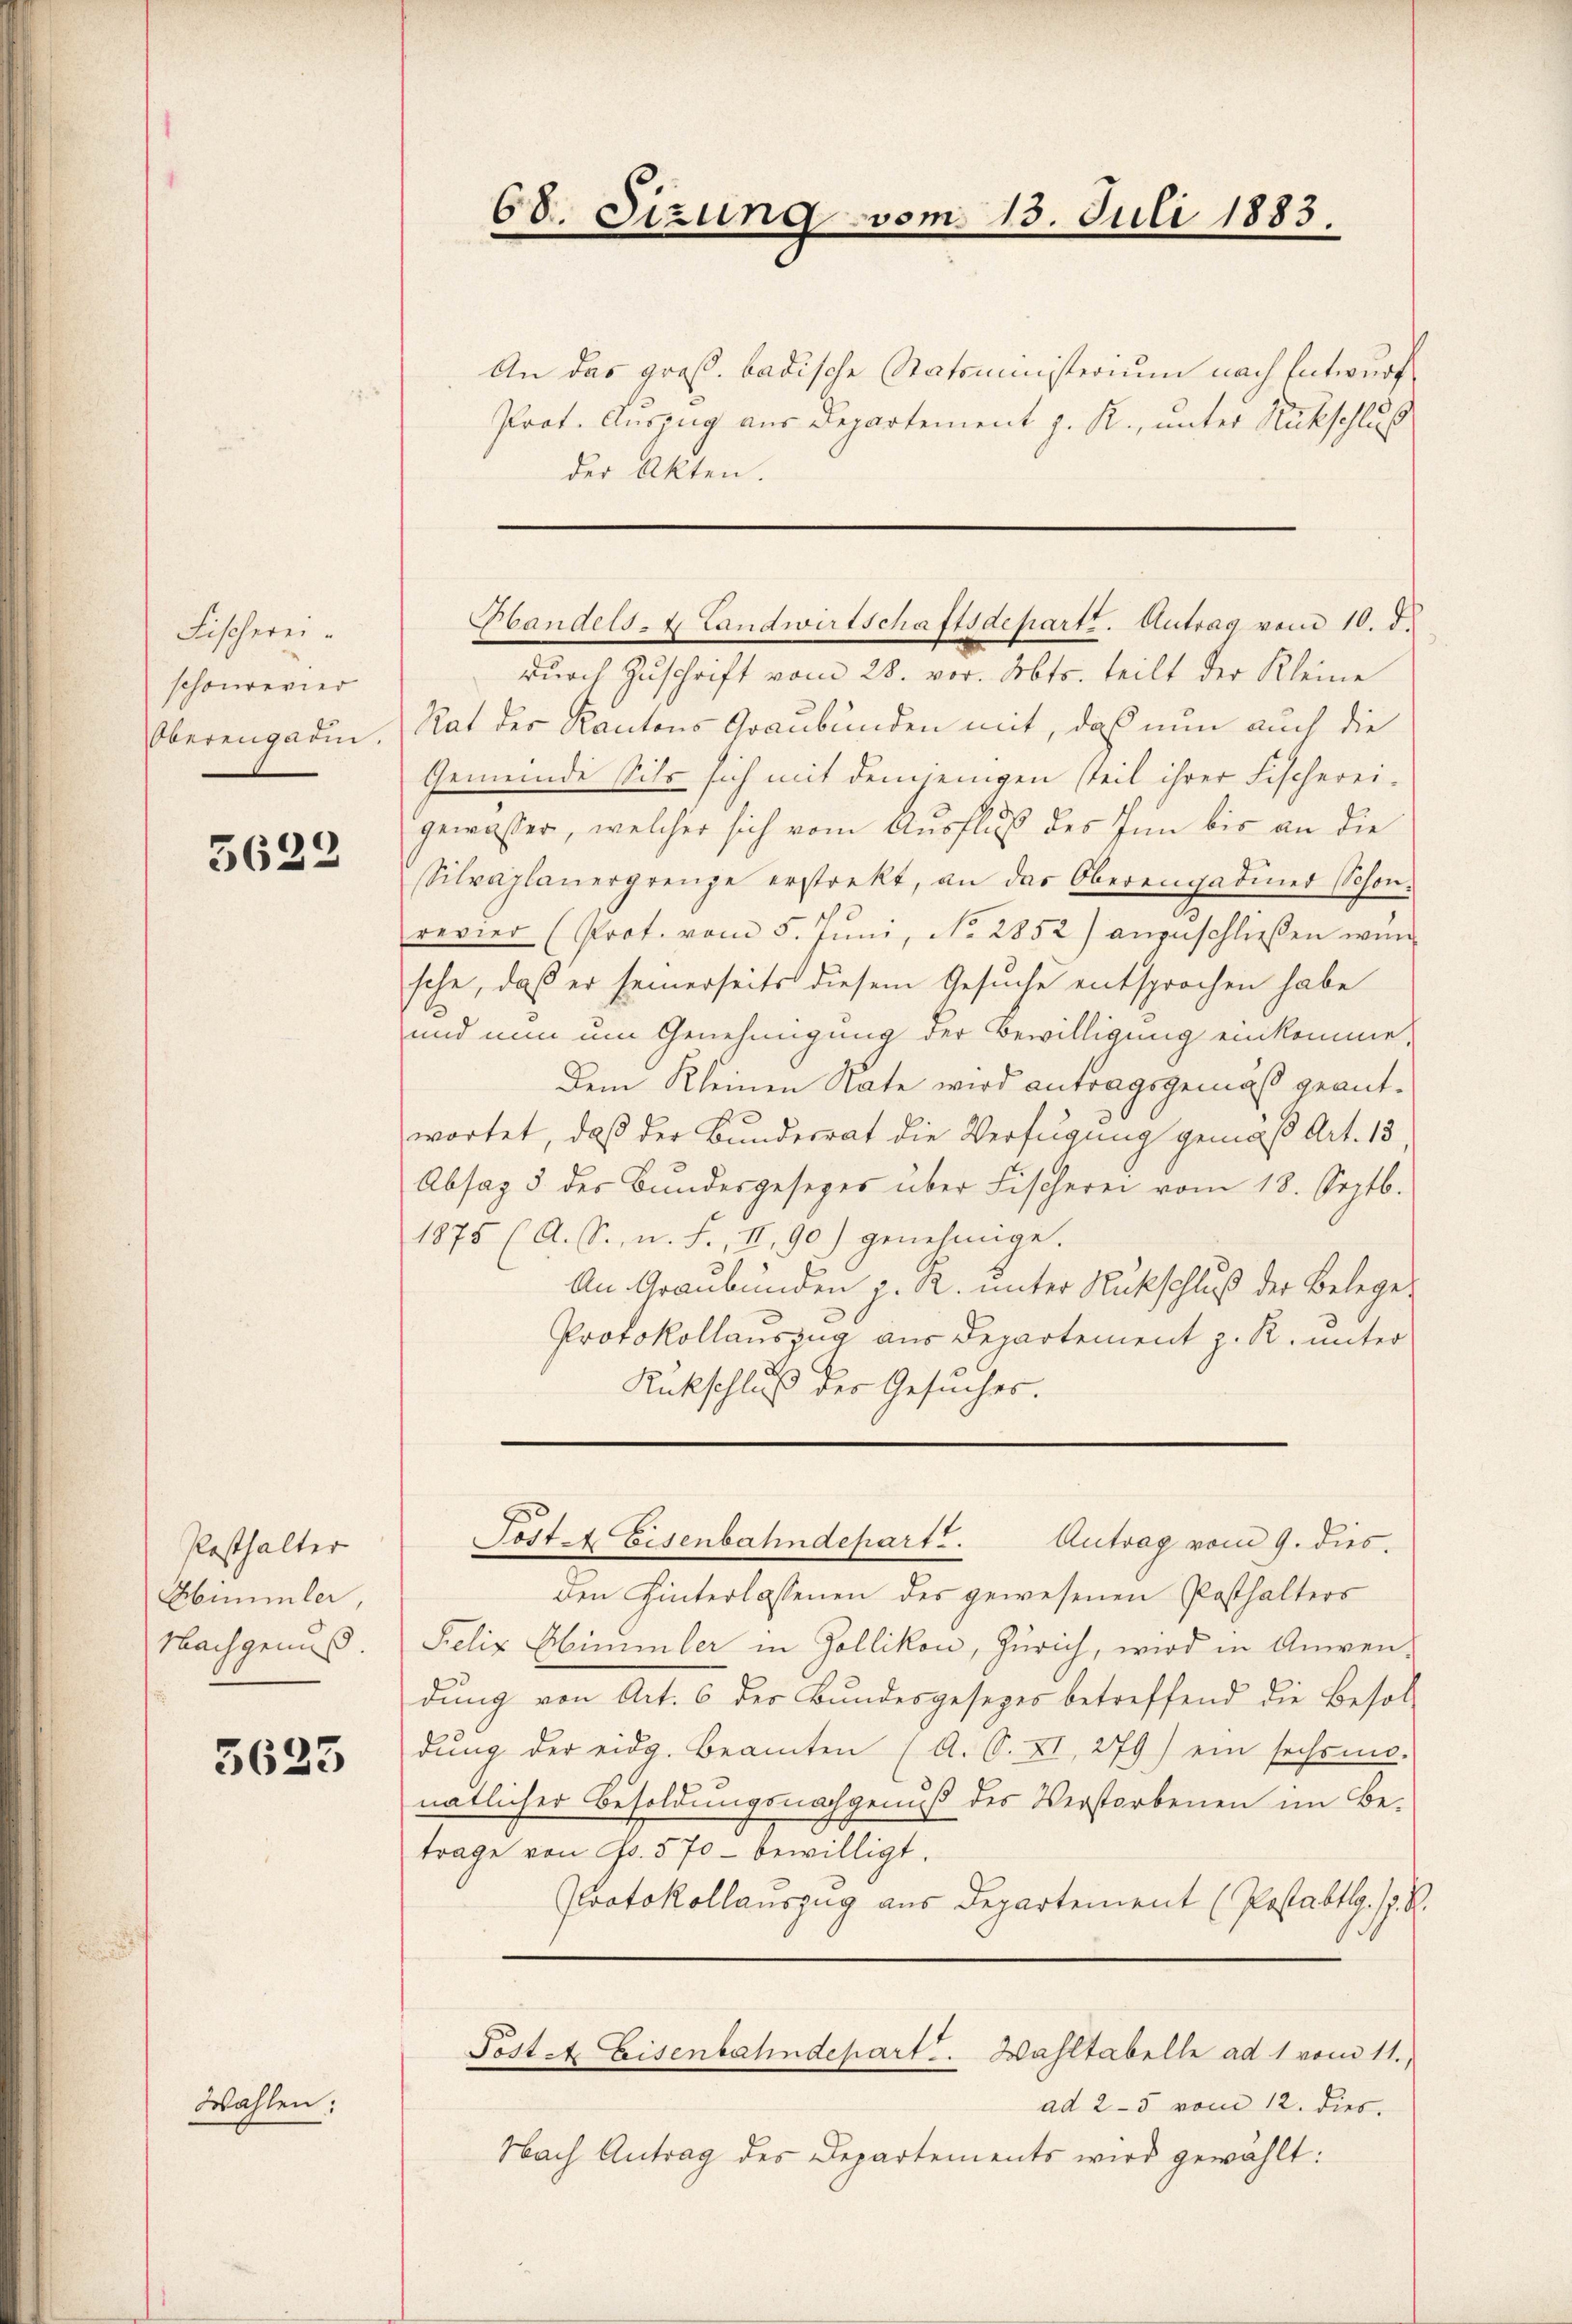
Fischereischonrevier
Oberengadin.

5622

Posthalter
Himmler,
Nachgenuß.

5625

Wahlen:

68. Sizung vom 13. Juli 1883.

An das groß. badische Statsministerium nach Entwurf
Prot. Auszug aus Departement z. R., unter Rückschluß
der Akten.
durch Zuschrift vom 28. vor. Obts. teilt der Kleine
Rat der Kantons Graubünden mit, daß nun auch die
Gemeinde Sils sich mit demjenigen steil ihrer Fischereigewasser, welcher sich vom Ausfluß des Inn bis an die
Silvaplanergrenze erstrekt, an das Oberengadiner Schon.
revier (Prot. vom 5. Jŭni, No. 2852) anzuschließen wünsche, daß er seinerseits diesem Gesuche entsprochen habe
und nun um Genehmigung der Bewilligung einkomme
Dem Kleinen Rate wird antragsgemäß geantwortet, daß der Bundesrat die Verfügung gemäß Art. 13
Absaz 3 der Bŭndesgesezes über Fischerei vom 18. Septb.
1875 (A. S., n. F., II, 90) genehmige.
An Graubünden z. R. unter Rückschluß der Belege¬
Protokollauszug aus Departement z. R. unter
Rückschluß der Gesuches.
Post. Eisenbahndepart. Antrag vom 9. dies.
Den Hinterlassenen des gewesenen Posthalters
Felix Himmler in Zollikon, Zürich, wird in Anwendung von Art. 6 des Bundesgesezes betreffend die Besol-
dŭng der eidg. Beamten (A. S. XI, 279) ein sechsmo-
natlicher Besoldungsnachgenuß des Verstorbenen im Be-
trage von Fr. 570 bewilligt.
Protokollauszug aus Departement (Postabtlg. 17. S.
Post. Eisenbahndepart. Wahltabelle ad 1 vom 11.)
ad 25 vom 12. dies
Nach Antrag des Departements wird gewählt:

Handels- & Landwirtschaftsdepartt. Antrag vom 10. d.